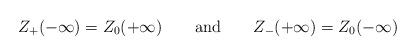
LaTeX: \begin{align*}Z_{+}(-\infty )=Z_{0}(+\infty )\qquad \textrm{and}\qquad Z_{-}(+\infty )=Z_{0}(-\infty )\end{align*}